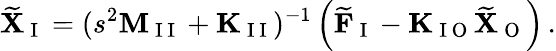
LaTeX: \widetilde{\mathbf{X}}_{\mathrm{~I~}}=(s^{2}\mathbf{M}_{\mathrm{~I~I~}}+\mathbf{K}_{\mathrm{~I~I~}})^{-1}\left(\widetilde{\mathbf{F}}_{\mathrm{~I~}}-\mathbf{K}_{\mathrm{~I~O~}}\widetilde{\mathbf{X}}_{\mathrm{~O~}}\right)\, .